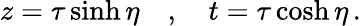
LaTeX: z=\tau\sinh\eta\quad,\quad t=\tau\cosh\eta\, .